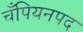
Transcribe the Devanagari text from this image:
चँपियनपद